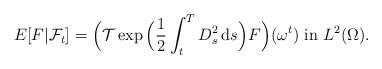
LaTeX: \begin{align*}E[F|\mathcal{F}_{t}]=\Big( \mathcal{T}\exp \Big( \frac{1}{2}\int_{t}^{T}D_{s}^{2}\,\mathrm{d}s\Big) F\Big) (\omega ^{t})~\mbox{in}~L^{2}(\Omega ). \end{align*}